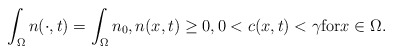
\begin{align*}\displaystyle\int_{\Omega}n(\cdot,t)=\int_{\Omega}n_{0}, n(x,t)\ge0, 0< c(x,t)< \gamma \mbox{for}x\in \Omega. \end{align*}